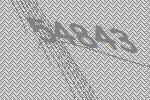
54843